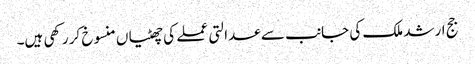
جج ارشد ملک کی جانب سے عدالتی عملے کی چھٹیاں منسوخ کر رکھی ہیں۔